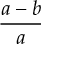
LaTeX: { \frac { a - b } { a } } \,